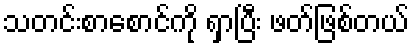
သတင်းစာစောင်ကို ရှာပြီး ဖတ်ဖြစ်တယ်